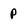
Character: p